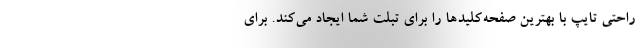
راحتی تایپ با بهترین صفحه‌کلیدها را برای تبلت شما ایجاد می‌کند. برای